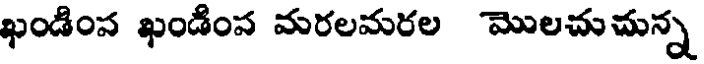
ఖండింప ఖండింప మరలమరల మొలచుచున్న